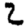
Digit: 2